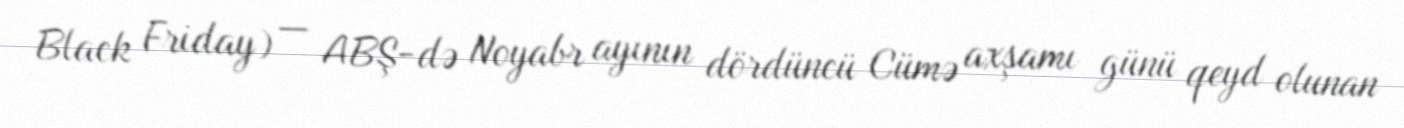
Black Friday) — ABŞ-də Noyabr ayının dördüncü Cümə axşamı günü qeyd olunan